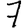
Digit: 7